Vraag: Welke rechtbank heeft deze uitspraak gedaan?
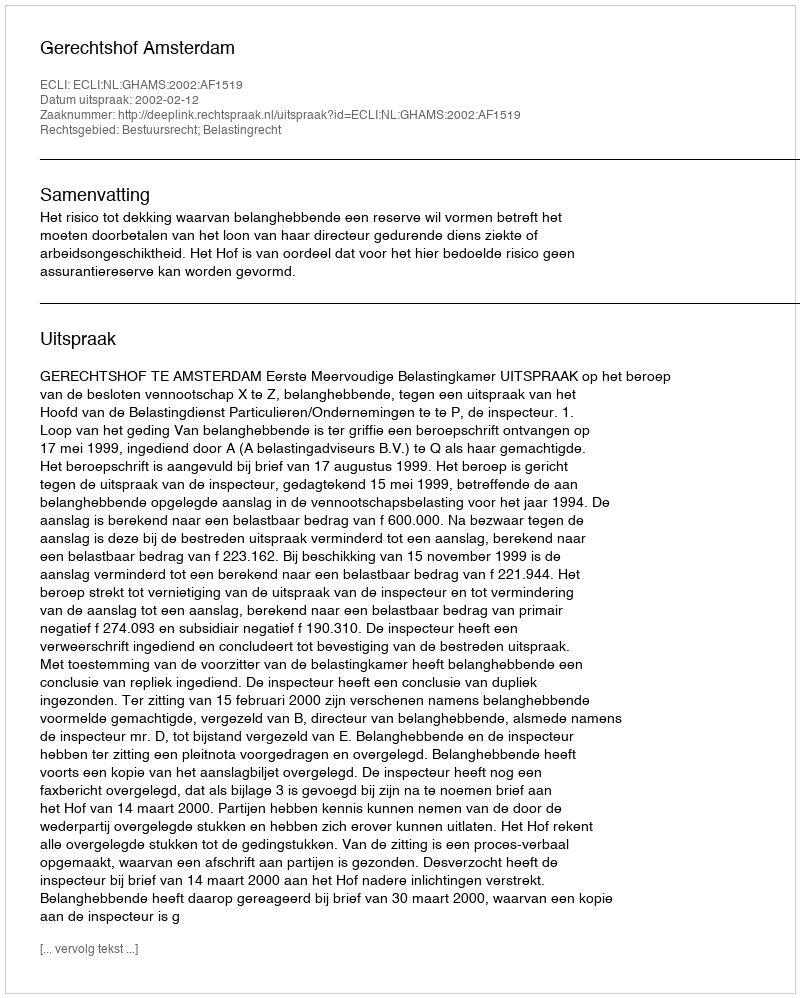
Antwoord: Gerechtshof Amsterdam